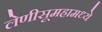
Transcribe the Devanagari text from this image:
लेणीसूमहामध्ये